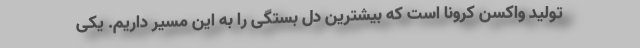
تولید واکسن کرونا است که بیشترین دل بستگی را به این مسیر داریم. یکی